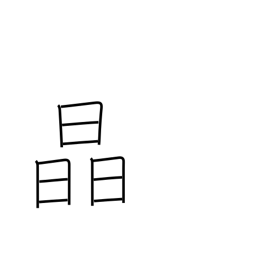
Meaning: crystal